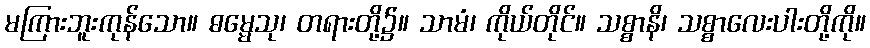
မကြားဘူးကုန်သော။ ဓမ္မေသု၊ တရားတို့၌။ သာမံ၊ ကိုယ်တိုင်။ သစ္စာနိ၊ သစ္စာလေးပါးတို့ကို။